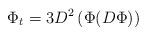
LaTeX: \begin{align*}\Phi_{t} = 3 D^{2} \left(\Phi (D\Phi)\right)\end{align*}